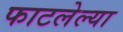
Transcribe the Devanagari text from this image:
फाटलेल्या